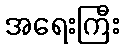
အရေးကြီး